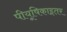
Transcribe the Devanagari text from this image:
पीयूषिकाइतर